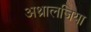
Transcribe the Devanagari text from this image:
अथ्रालजिया